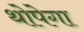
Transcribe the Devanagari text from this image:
थोपेगा